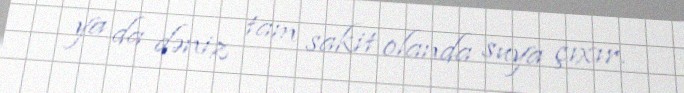
ya da dəniz tam sakit olanda suya çıxır.